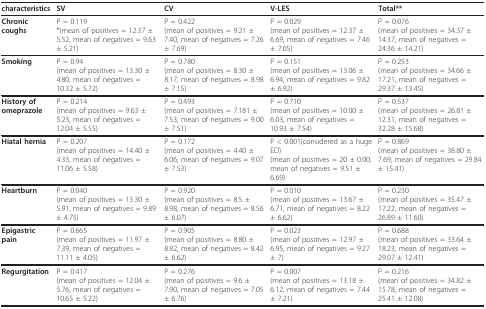
<table><thead><tr><td><b>characteristics</b></td><td><b>SV</b></td><td><b>CV</b></td><td><b>V-LES</b></td><td><b>Total**</b></td></tr></thead><tbody><tr><td><b>Chronic coughs</b></td><td>P = 0.119*(mean of positives = 12.37 ± 5.52, mean of negatives = 9.63 ± 5.21)</td><td>P = 0.422(mean of positives = 9.21 ± 7.40, mean of negatives = 7.26 ± 7.69)</td><td>P = 0.029(mean of positives = 12.37 ± 6.69, mean of negatives = 7.46 ± 7.05)</td><td>P = 0.076(mean of positives = 34.37 ± 14.37, mean of negatives = 24.36 ± 14.21)</td></tr><tr><td><b>Smoking</b></td><td>P = 0.94(mean of positives = 13.30 ± 4.80, mean of negatives = 10.32 ± 5.72)</td><td>P = 0.780(mean of positives = 8.30 ± 8.17, mean of negatives = 8.98 ± 7.15)</td><td>P = 0.151(mean of positives = 13.06 ± 6.94, mean of negatives = 9.82 ± 6.92)</td><td>P = 0.253(mean of positives = 34.66 ± 17.21, mean of negatives = 29.37 ± 13.45)</td></tr><tr><td><b>History of omeprazole</b></td><td>P = 0.214(mean of positives = 9.63 ± 5.23, mean of negatives = 12.04 ± 5.55)</td><td>P = 0.493(mean of positives = 7.181 ± 7.53, mean of negatives = 9.00 ± 7.51)</td><td>P = 0.710(mean of positives = 10.00 ± 6.03, mean of negatives = 10.93 ± 7.54)</td><td>P = 0.537(mean of positives = 26.81 ± 12.31, mean of negatives = 32.28 ± 15.68)</td></tr><tr><td><b>Hiatal hernia</b></td><td>P = 0.207(mean of positives = 14.40 ± 4.33, mean of negatives = 11.06 ± 5.58)</td><td>P = 0.172(mean of positives = 4.40 ± 6.06, mean of negatives = 9.07 ± 7.53)</td><td>P &lt; 0.001(considered as a huge ED)(mean of positives = 20 ± 0.00, mean of negatives = 9.51 ± 6.69)</td><td>P = 0.869(mean of positives = 38.80 ± 7.69, mean of negatives = 29.84 ± 15.41)</td></tr><tr><td><b>Heartburn</b></td><td>P = 0.040(mean of positives = 13.30 ± 5.91, mean of negatives = 9.89 ± 4.75)</td><td>P = 0.920(mean of positives = 8.5 ± 8.98, mean of negatives = 8.56 ± 6.07)</td><td>P = 0.010(mean of positives = 13.67 ± 6.71, mean of negatives = 8.22 ± 6.62)</td><td>P = 0.230(mean of positives = 35.47 ± 17.22, mean of negatives = 26.89 ± 11.60)</td></tr><tr><td><b>Epigastric pain</b></td><td>P = 0.665(mean of positives = 11.97 ± 7.39, mean of negatives = 11.11 ± 4.05)</td><td>P = 0.905(mean of positives = 8.80 ± 8.82, mean of negatives = 8.42 ± 6.62)</td><td>P = 0.023(mean of positives = 12.97 ± 6.95, mean of negatives = 9.27 ± 7)</td><td>P = 0.688(mean of positives = 33.64 ± 18.23, mean of negatives = 29.07 ± 12.41)</td></tr><tr><td><b>Regurgitation</b></td><td>P = 0.417(mean of positives = 12.04 ± 5.76, mean of negatives = 10.65 ± 5.22)</td><td>P = 0.276(mean of positives = 9.6 ± 7.90, mean of negatives = 7.05 ± 6.76)</td><td>P = 0.007(mean of positives = 13.18 ± 6.12, mean of negatives = 7.44 ± 7.21)</td><td>P = 0.216(mean of positives = 34.82 ± 15.78, mean of negatives = 25.41 ± 12.08)</td></tr></tbody></table>